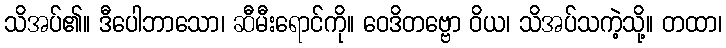
သိအပ်၏။ ဒီပေါဘာသော၊ ဆီမီးရောင်ကို။ ဝေဒိတဗ္ဗော ဝိယ၊ သိအပ်သကဲ့သို့။ တထာ၊